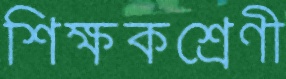
শিক্ষকশ্রেণী